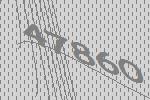
47860